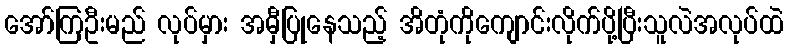
အော်ကြဦးမည် လုပ်မှား အမှီပြုနေသည့် အိတုံကိုကျောင်းလိုက်ပို့ပြီးသူလဲအလုပ်ထဲ